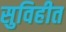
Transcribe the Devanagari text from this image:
सुविहीत